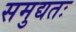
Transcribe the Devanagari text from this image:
समुद्यतः